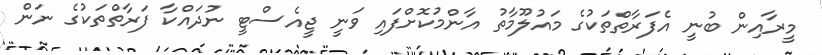
މީރާއިން ބުނީ އެފަރާތްތަކުގެ މައުލޫމާތު އާންމުކޮށްފައި ވަނީ ޖީއެސްޓީ ނުދައްކާ ފަރާތްތަކުގެ ނަން